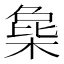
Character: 𣔵